Lunatic asylums Bombay report 1878-1890 - 1878-1890
Year: 1878
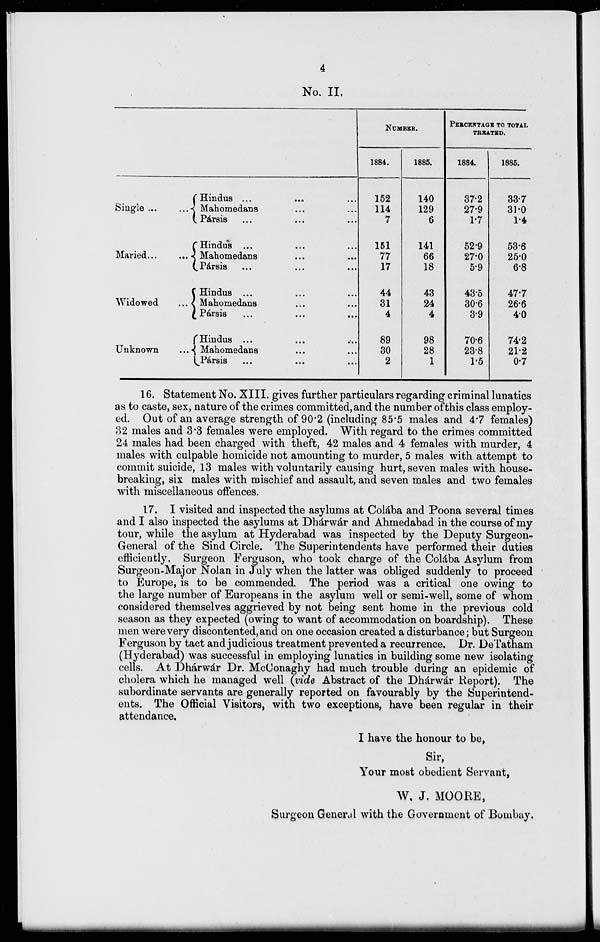
4
No. II.
Single
...
...
Maried ...
...
Widowed
...
Unknown
...
Hindus ... ... ...
Mahomedans ... ... ...
Pársis ... ... ...
Hindus ... ...
Mahomedans ... ...
Pársis
...
...
Hindus ... ... ...
Mahomedans ... ...
Pársis
...
...
...
Hindus ... ... ...
Mahomedans ... ...
Pársis
...
...
...
NUMBER.
1884.
152
114
7
151
77
17
44
31
4
89
30
2
1885.
140
129
6
141
66
18
43
24
4
98
28
1
PERCENTAGE TO TOTAL
TREATED.
1884.
37.2
27.9
1.7
52.9
27.0
5.9
43.5
30.6
3.9
70.6
23.8
1.5
1885.
33.7
31.0
1.4
53.6
25.0
6.8
47.7
26.6
4.0
74.2
21.2
0.7
16. Statement No. XIII. gives further particulars regarding criminal lunatics
as to caste, sex, nature of the crimes committed, and the number of this class employ-
ed. Out of an average strength of 90.2 (including 85.5 males and 4.7 females)
32 males and 3.3 females were employed. With regard to the crimes committed
24 males had been charged with theft, 42 males and 4 females with murder, 4
males with culpable homicide not amounting to murder, 5 males with attempt to
commit suicide, 13 males with voluntarily causing hurt, seven males with house-
breaking, six males with mischief and assault, and seven males and two females
with miscellaneous offences.
17. I visited and inspected the asylums at Colába and Poona several times
and I also inspected the asylums at Dhárwár and Ahmedabad in the course of my
tour, while the asylum at Hyderabad was inspected by the Deputy Surgeon-
General of the Sind Circle. The Superintendents have performed their duties
efficiently. Surgeon Ferguson, who took charge of the Colába Asylum from
Surgeon-Major Nolan in July when the latter was obliged suddenly to proceed
to Europe, is to be commended. The period was a critical one owing to
the large number of Europeans in the asylum well or semi-well, some of whom
considered themselves aggrieved by not being sent home in the previous cold
season as they expected (owing to want of accommodation on boardship). These
men were very discontented, and on one occasion created a disturbance; but Surgeon
Ferguson by tact and judicious treatment prevented a recurrence. Dr. DeTatham
(Hyderabad) was successful in employing lunatics in building some new isolating
cells. At Dhárwár Dr. McConaghy had much trouble during an epidemic of
cholera which he managed well (vide Abstract of the Dhárwár Report). The
subordinate servants are generally reported on favourably by the Superintend-
ents. The Official Visitors, with two exceptions, have been regular in their
attendance.
I have the honour to be,
Sir,
Your most obedient Servant,
W. J. MOORE,
Surgeon General with the Government of Bombay.